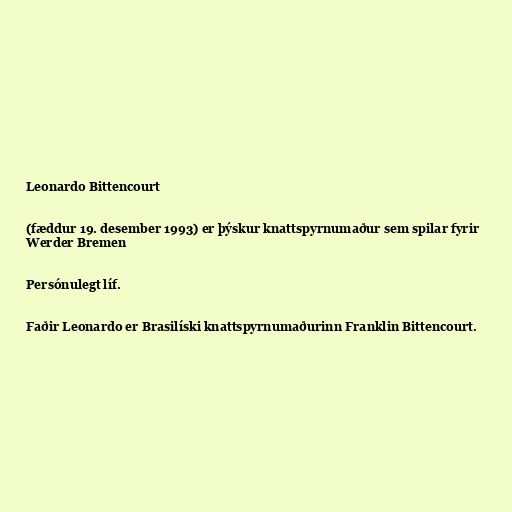
Leonardo Bittencourt

(fæddur 19. desember 1993) er þýskur knattspyrnumaður sem spilar fyrir
Werder Bremen

Persónulegt líf.

Faðir Leonardo er Brasilíski knattspyrnumaðurinn Franklin Bittencourt.